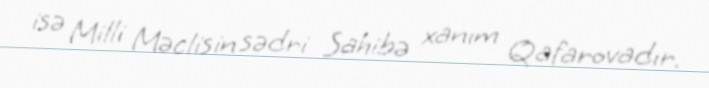
isə Milli Məclisin sədri Sahibə xanım Qafarovadır.